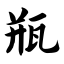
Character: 瓶